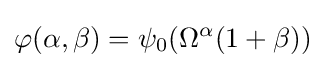
\varphi (\alpha ,\beta )=\psi _{0}(\Omega ^{\alpha }(1+\beta ))